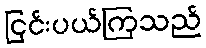
ငြင်းပယ်ကြသည်